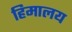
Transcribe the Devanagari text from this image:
हिमालय